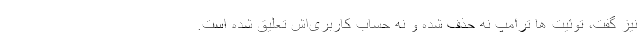
نیز گفت، توئیت ها ترامپ نه حذف شده و نه حساب کاربری‌اش تعلیق شده است.